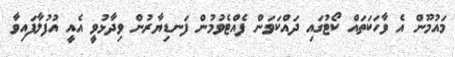
މައުމޫން އެ ވާހަކަތައް ކޯޓުގައި ދައްކަވަން ފެއްޓެވުމުން ފަނޑިޔާރުން ވިދާޅުވީ އެއީ އުފުލާފައިވާ